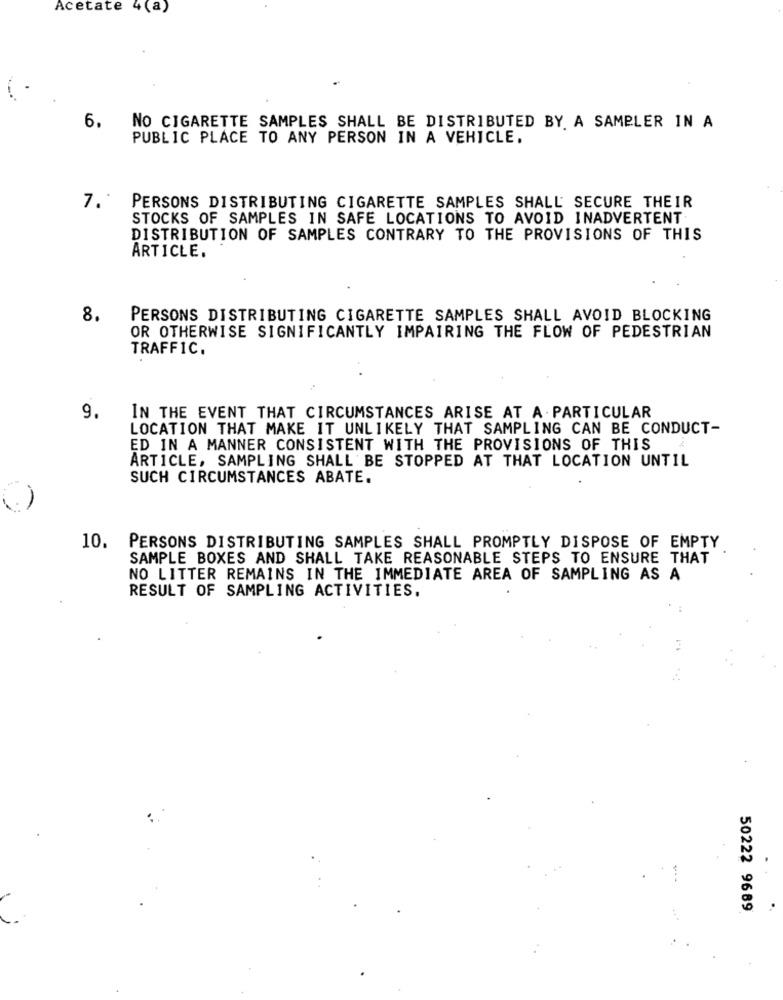
Acetate 4(a)
6.
NO CIGARETTE SAMPLES SHALL BE DISTRIBUTED BY A SAMPLER IN A
PUBLIC PLACE TO ANY PERSON IN A VEHICLE.
7. PERSONS DISTRIBUTING CIGARETTE SAMPLES SHALL SECURE THEIR
STOCKS OF SAMPLES IN SAFE LOCATIONS TO AVOID INADVERTENT
DISTRIBUTION OF SAMPLES CONTRARY TO THE PROVISIONS OF THIS
ARTICLE.
8.
PERSONS DISTRIBUTING CIGARETTE SAMPLES SHALL AVOID BLOCKING
OR OTHERWISE SIGNIFICANTLY IMPAIRING THE FLOW OF PEDESTRIAN
TRAFFIC.
9.
IN THE EVENT THAT CIRCUMSTANCES ARISE AT A PARTICULAR
LOCATION THAT MAKE IT UNLIKELY THAT SAMPLING CAN BE CONDUCT-
ED IN A MANNER CONSISTENT WITH THE PROVISIONS OF THIS
ARTICLE, SAMPLING SHALL BE STOPPED AT THAT LOCATION UNTIL
SUCH CIRCUMSTANCES ABATE.
10. PERSONS DISTRIBUTING SAMPLES SHALL PROMPTLY DISPOSE OF EMPTY
SAMPLE BOXES AND SHALL TAKE REASONABLE STEPS TO ENSURE THAT
NO LITTER REMAINS IN THE IMMEDIATE AREA OF SAMPLING AS A
RESULT OF SAMPLING ACTIVITIES.
50222 9689